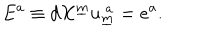
E ^ { a } \equiv d X ^ { \underline { { { m } } } } u _ { \underline { { { m } } } } ^ { ~ a } = e ^ { a } .